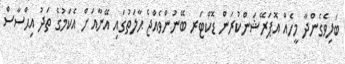
ބަލިވެގެންދާ މީހެއް އޮޕަރޭޝަންކުރަން ޑޮކްޓަރ ބޭނުންވެއްޖެ ޙާލަތުގައި އޭނާއަށް އެކަމުގެ ތަދު އިޙްސާސް